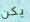
يكن